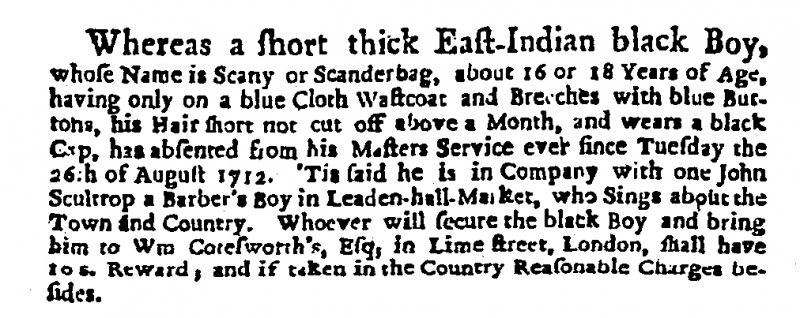
Daily Courant, 8 September 1712 (England)
Whereas a short thick East-Indian black Boy, whose Name is Scany or Scanderbag, about 16 or 18 Years of Age, having only on a blue Cloth Wastcoat and Breeches with blue Buttons, his Hair short not cut off above a Month, and wears a black Cap, has absented from his Masters Service ever since Tuesday the 26th of August 1712  ‘Tis said he is in Company with one John Scultrop a Barber’s Boy in Leaden-hall-Market, who Sings about the Town and Country. Whoever will secure the black Boy and bring him to Wm Cotesworth’s, Esq, in Lime street, London, shall have 10 s. Reward, and if taken in the Country Reasonable Charges besides.